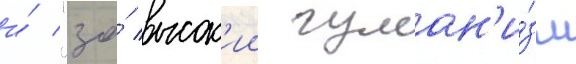
и́ "за́ высок'ии гуман'и́зм